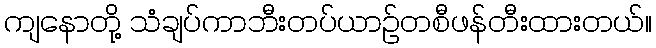
ကျနောတို့ သံချပ်ကာဘီးတပ်ယာဉ်တစီဖန်တီးထားတယ်။